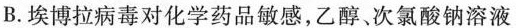
B.埃博拉病毒对化学药品敏感，乙醇、次氯酸钠溶液